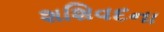
શશિવદના